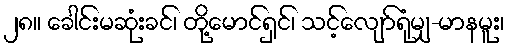
၂၈။ ခေါင်းမဆုံးခင်၊ တို့မောင်ရှင်၊ သင့်လျော်ရုံမျှ-မာနမူး၊